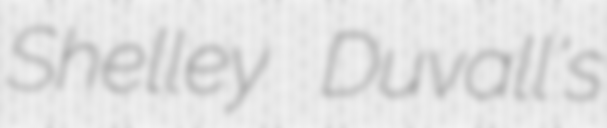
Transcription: Shelley Duvall's